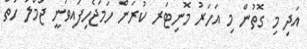
އަދި މި ގޮތުން މި އަހަރު މޮނިޓަރ ކުރަން ހަމަޖެހިފައިވަނީ ޖުމްލަ ހަތް